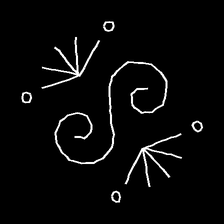
Glyph: aeroform